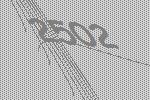
2502